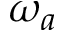
\omega _ { a }